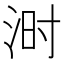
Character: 𪶄